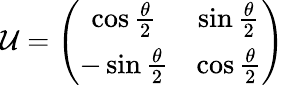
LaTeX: {\cal{U}}=\left(\begin{array}{cc}{{\cos{\frac{\theta}{2}}}}&{{\sin{\frac{\theta}{2}}}}\\ {{-\sin{\frac{\theta}{2}}}}&{{\cos{\frac{\theta}{2}}}}\end{array}\right)